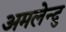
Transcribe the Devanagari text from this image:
अमलेन्दु